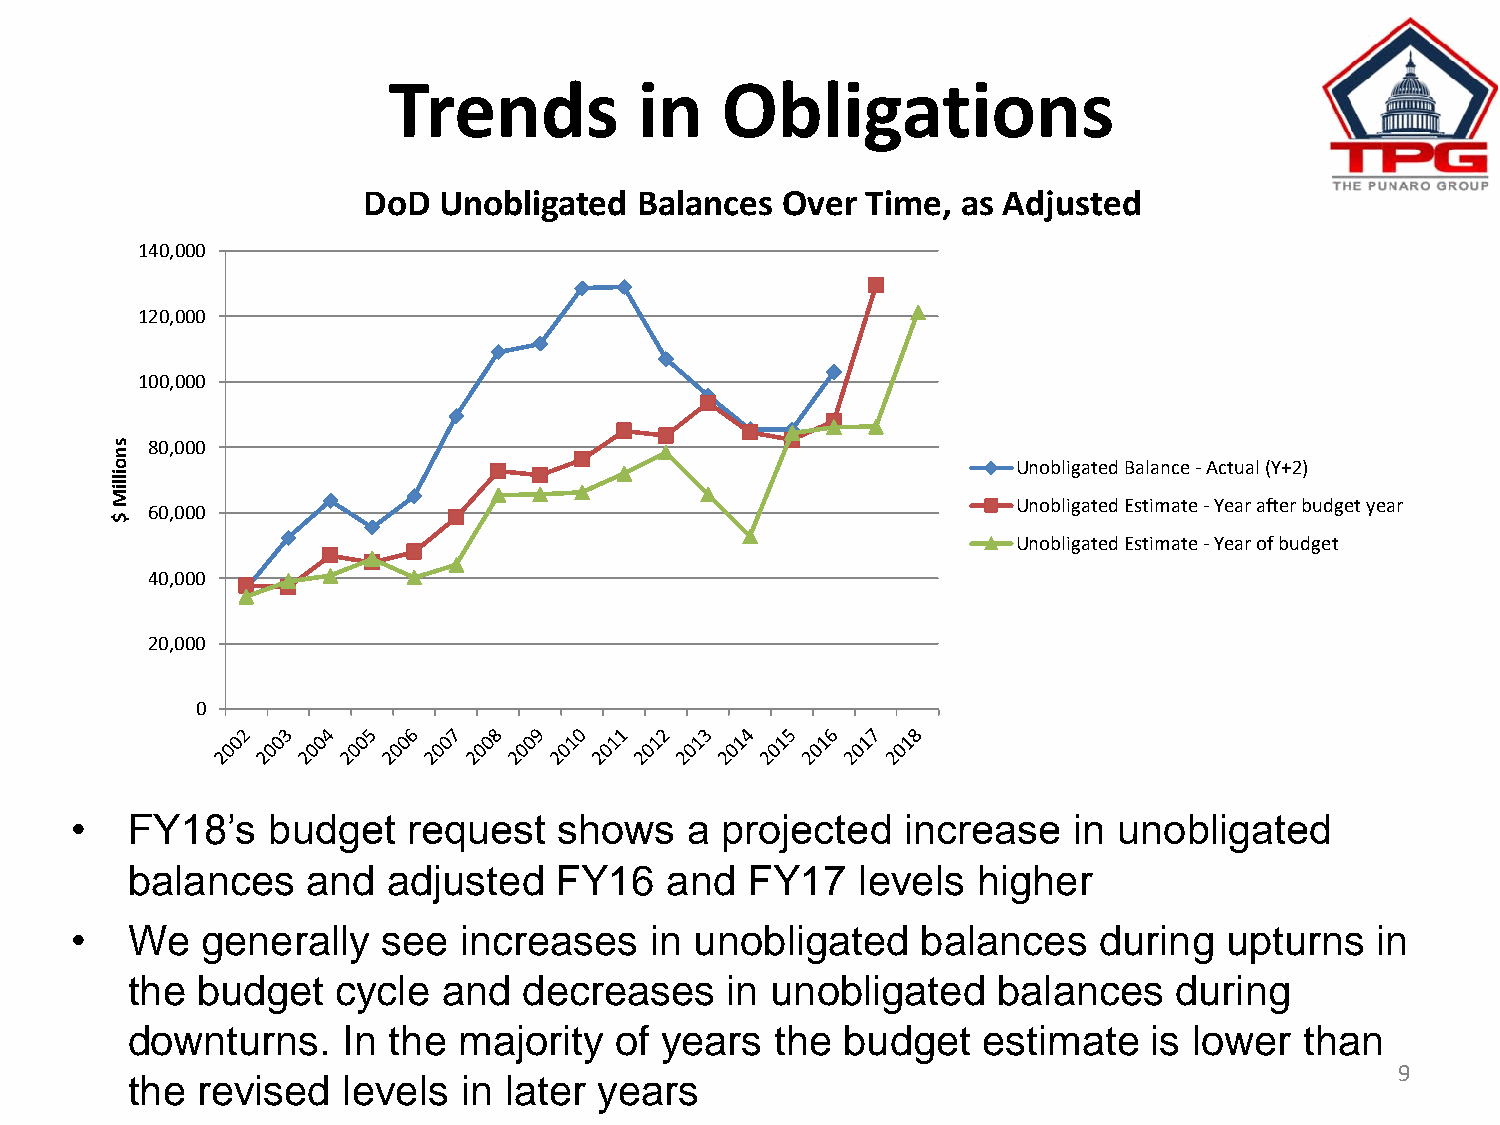
Trends          in    Obligations
 DoD  Unobligated  Balances  Over Time,  as Adjusted
 140,000
 120,000
 100,000
 s  80,000
 n
 o                                                           Unobligated Balance - Actual (Y+2)
 illiM
 Unobligated Estimate - Year after budget year
 $
 60,000
 Unobligated Estimate - Year of budget
 40,000
 20,000
 0
 •  FY18’s    budget   request   shows   a  projected   increase   in unobligated
 balances    and   adjusted   FY16   and  FY17    levels  higher
 •  We   generally   see  increases    in unobligated    balances    during  upturns   in
 the  budget   cycle  and   decreases    in unobligated    balances    during
 downturns.     In the majority   of years  the  budget   estimate   is lower  than
 9
 the  revised   levels in later  years